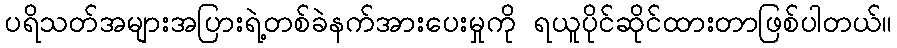
ပရိသတ်အများအပြားရဲ့တစ်ခဲနက်အားပေးမှုကို ရယူပိုင်ဆိုင်ထားတာဖြစ်ပါတယ်။